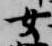
女